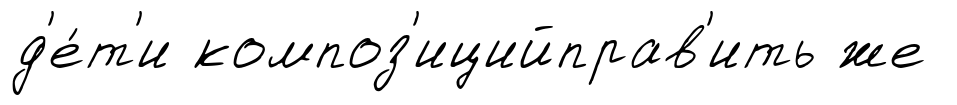
д'е́т'и композ'ицийправ'ить же